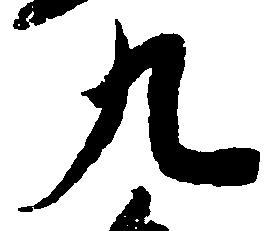
九